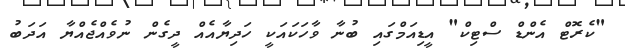
"ކެރޮޓް އެންޑް ސްޓިކް" އީޑިއަމްގައި ބުނާ ވާހަކައަކީ ހަދިޔާއެއް ދީގެން ނުވެއްޖެއްޔާ އަދަބު